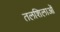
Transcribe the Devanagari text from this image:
तलशिलाओं